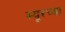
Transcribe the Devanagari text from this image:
म्यूरच्या